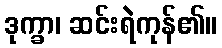
ဒုက္ခာ၊ ဆင်းရဲကုန်၏။